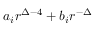
a _ { i } r ^ { \Delta - 4 } + b _ { i } r ^ { - \Delta }